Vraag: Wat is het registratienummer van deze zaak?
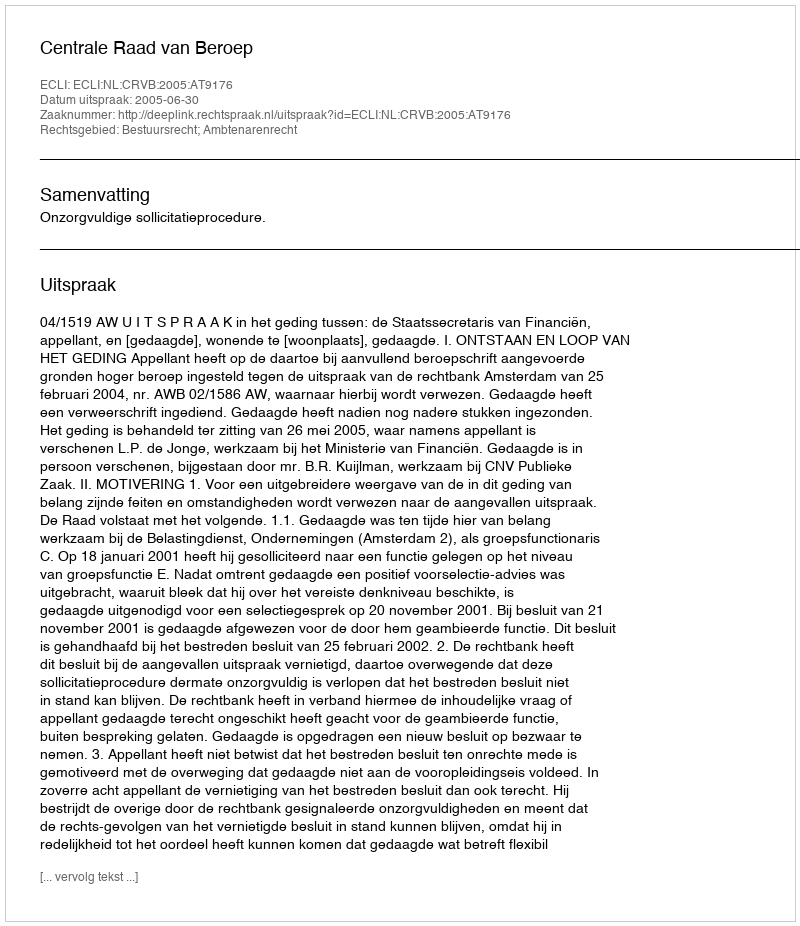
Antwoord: http://deeplink.rechtspraak.nl/uitspraak?id=ECLI:NL:CRVB:2005:AT9176